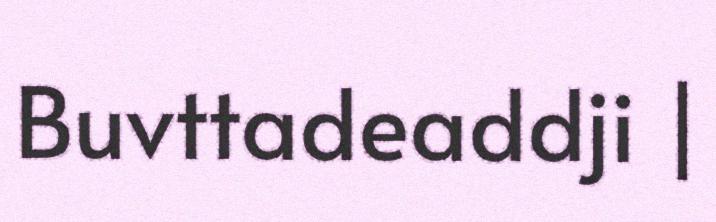
Buvttadeaddji |